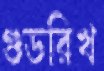
গুডরিখ